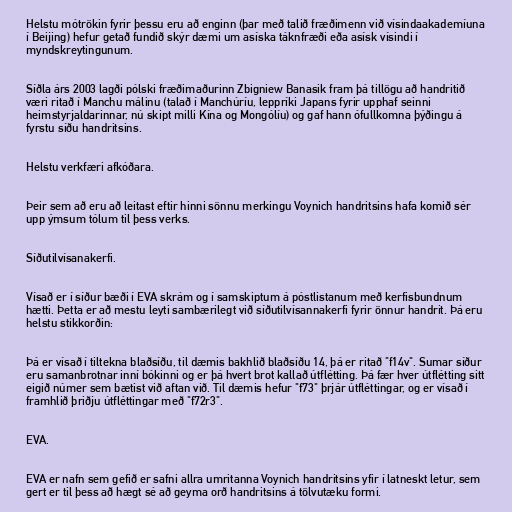
Helstu mótrökin fyrir þessu eru að enginn (þar með talið fræðimenn við vísindaakademíuna
í Beijing) hefur getað fundið skýr dæmi um asíska táknfræði eða asísk vísindi í
myndskreytingunum.

Síðla árs 2003 lagði pólski fræðimaðurinn Zbigniew Banasik fram þá tillögu að handritið
væri ritað í Manchu málinu (talað í Manchúríu, leppríki Japans fyrir upphaf seinni
heimstyrjaldarinnar, nú skipt milli Kína og Mongólíu) og gaf hann ófullkomna þýðingu á
fyrstu síðu handritsins.

Helstu verkfæri afkóðara.

Þeir sem að eru að leitast eftir hinni sönnu merkingu Voynich handritsins hafa komið sér
upp ýmsum tólum til þess verks.

Síðutilvísanakerfi.

Vísað er í síður bæði í EVA skrám og í samskiptum á póstlistanum með kerfisbundnum
hætti. Þetta er að mestu leyti sambærilegt við síðutilvísannakerfi fyrir önnur handrit. Þá eru
helstu stikkorðin:

Þá er vísað í tiltekna blaðsíðu, til dæmis bakhlið blaðsíðu 14, þá er ritað "f14v". Sumar síður
eru samanbrotnar inní bókinni og er þá hvert brot kallað útflétting. Þá fær hver útflétting sitt
eigið númer sem bætist við aftan við. Til dæmis hefur "f73" þrjár útfléttingar, og er vísað í
framhlið þriðju útfléttingar með "f72r3".

EVA.

EVA er nafn sem gefið er safni allra umritanna Voynich handritsins yfir í latneskt letur, sem
gert er til þess að hægt sé að geyma orð handritsins á tölvutæku formi.